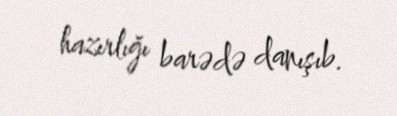
hazırlığı barədə danışıb.